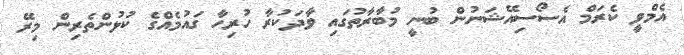
އެމްވީ ކެރަމް އެސޯސިއޭޝަނުން ބުނީ މުބާރާތުގައި ވާދަކުރާ ހުރިހާ ގައުމެއްގެ ކުޅުންތެރިން މިރޭ